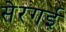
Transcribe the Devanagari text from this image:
सेरगई